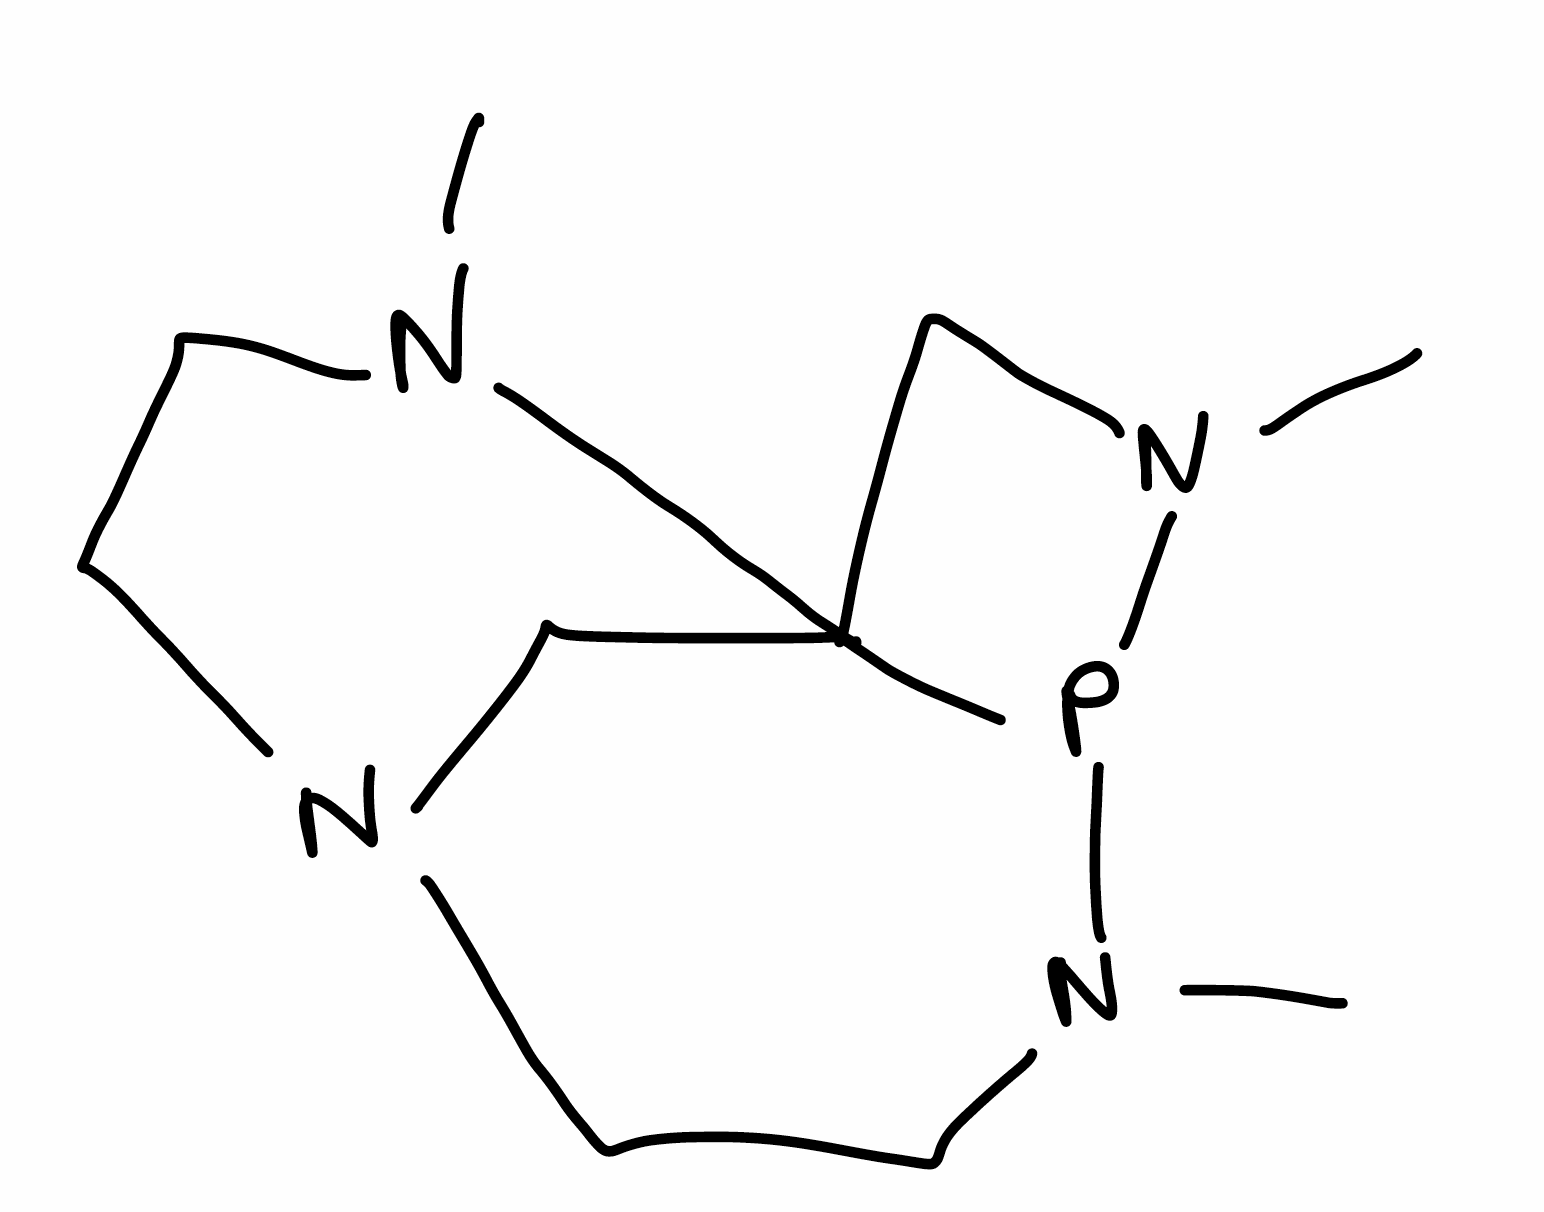
Simplified molecular-input line-entry system (SMILES) notation of the given molecule:
CN1CCN2CCN(P3C1(C2)CN3C)C